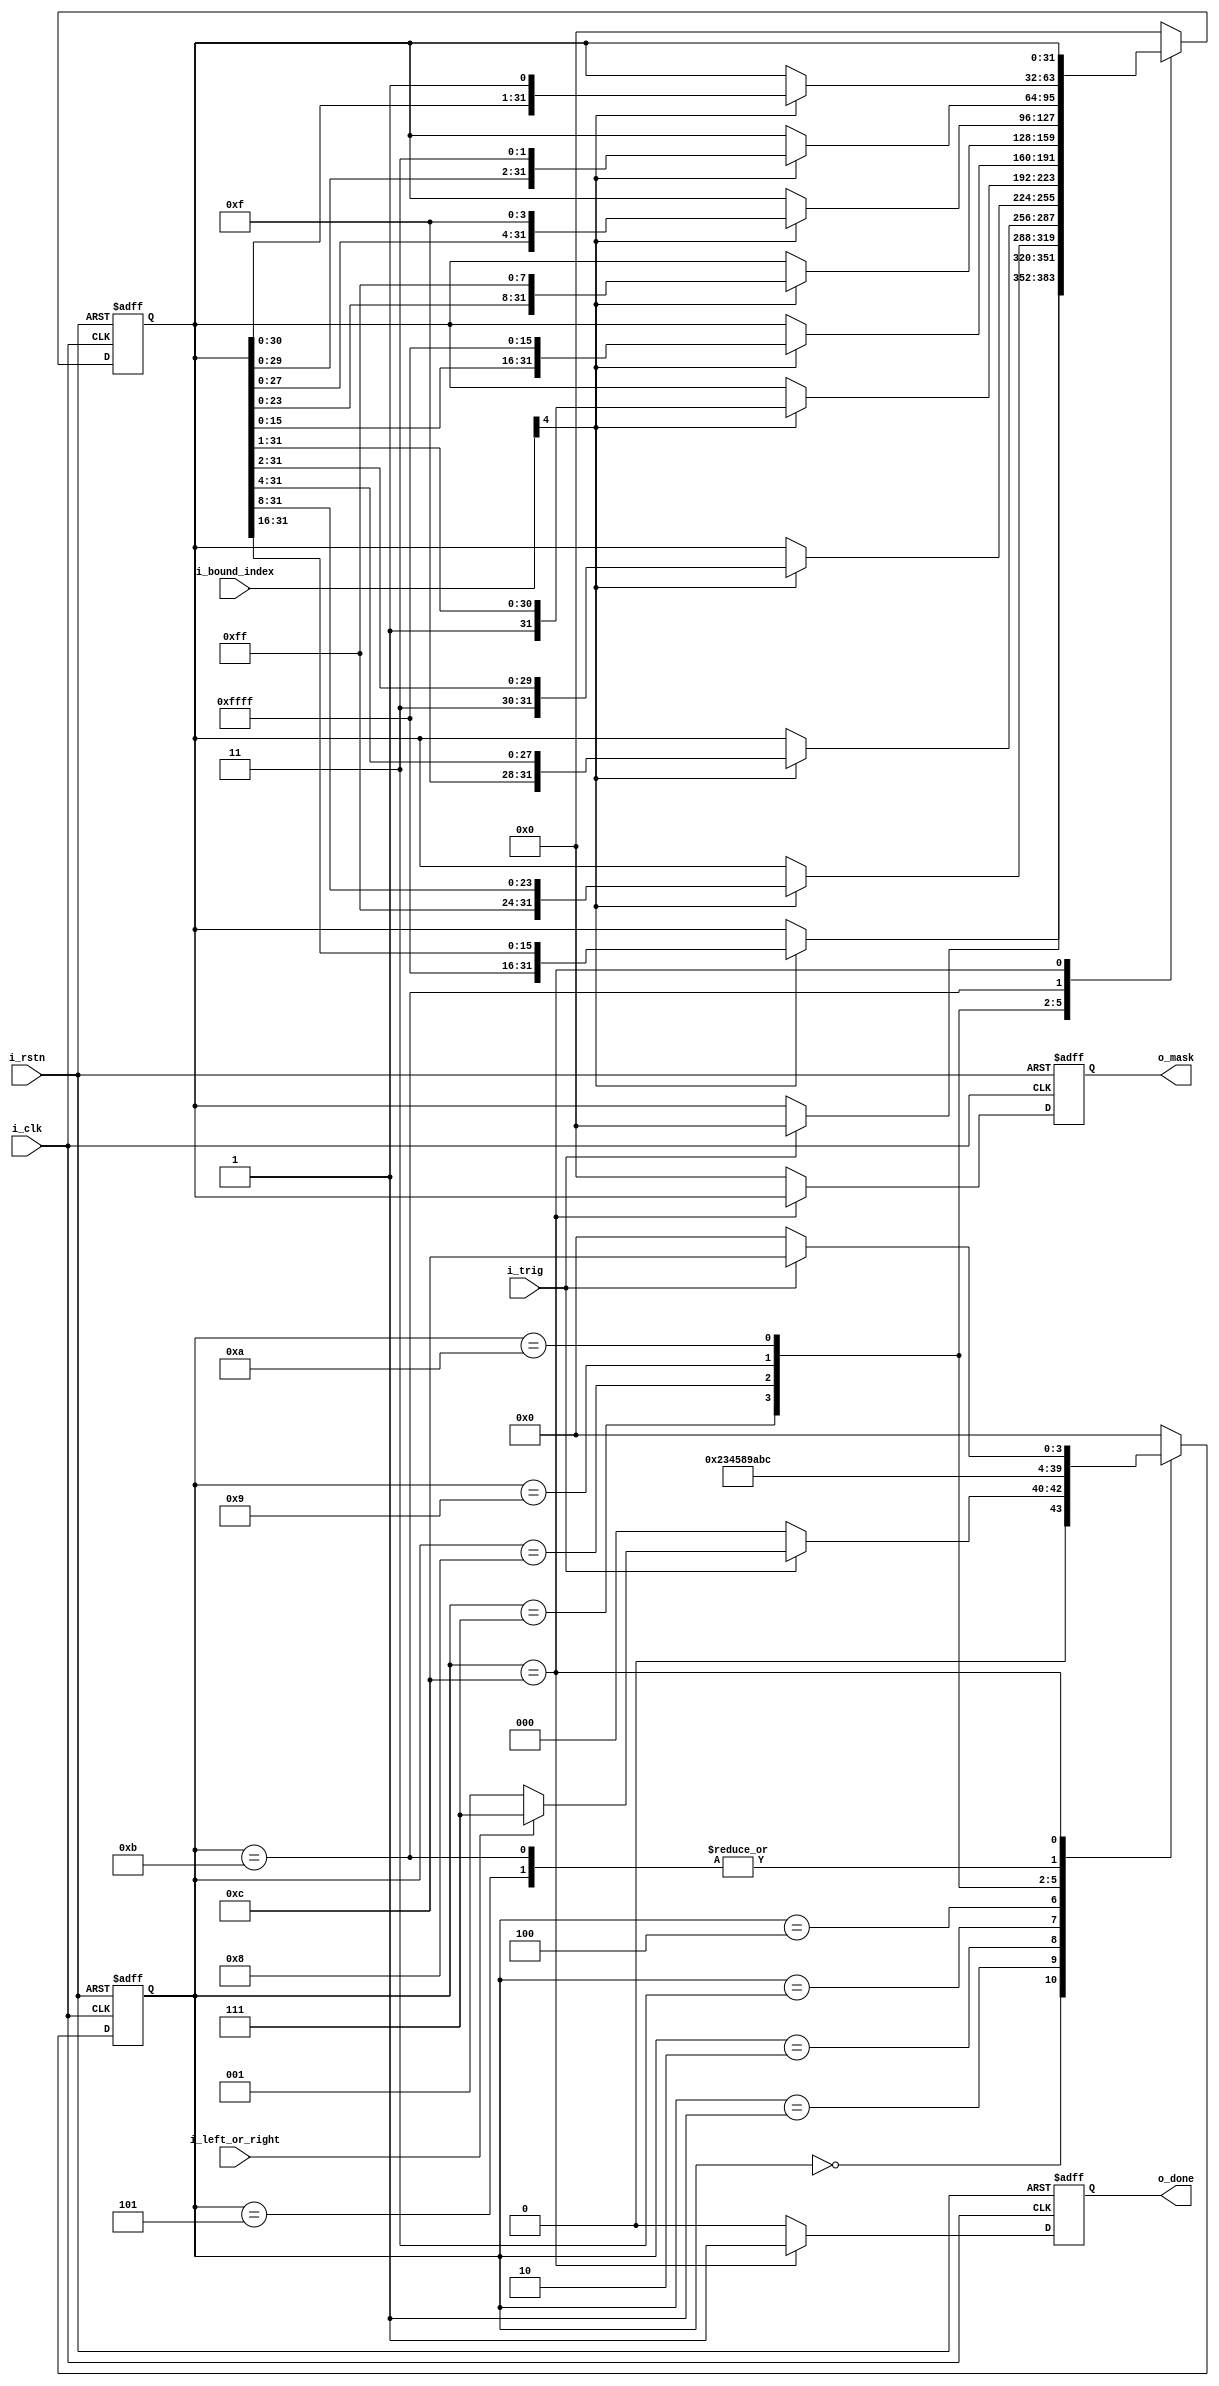
module mask_gen_32bit (
	i_clk,
	i_rstn,
	i_trig,
	i_left_or_right,
	i_bound_index,
	o_done,
	o_mask

);

	input i_clk;
	input i_rstn;
	input i_trig;
	input i_left_or_right; // 0=left, 1=right
	input [4:0] i_bound_index;
	output reg o_done;
	output reg [31:0] o_mask;
	

	reg [4:0] i_bound_index_latch;
	reg [31:0] o_mask_pre;
	
	// State machine definition
	reg [3:0] sm_state;
	localparam	IDLE=0,
				LEFT1=1,
				LEFT2=2,
				LEFT3=3,
				LEFT4=4,
				LEFT5=5,
				RIGHT1=7,
				RIGHT2=8,
				RIGHT3=9,
                RIGHT4=10,
                RIGHT5=11,
				DONE=12;
				
	// State machine transition
	always@(posedge i_clk or negedge i_rstn) begin
		if (i_rstn == 1'b0)
			sm_state <= IDLE;
		else
			begin
				case (sm_state)
					IDLE:
						begin
							if (i_trig == 1'b1)
								sm_state <= (i_left_or_right == 1'b0)? LEFT1 : RIGHT1;
							else
								sm_state <= IDLE;
						end
					LEFT1:
						sm_state <= LEFT2;
					LEFT2:
						sm_state <= LEFT3;
					LEFT3:
						sm_state <= LEFT4;
					LEFT4:
						sm_state <= LEFT5;
					LEFT5:
						sm_state <= DONE;
					RIGHT1:
						sm_state <= RIGHT2;
					RIGHT2:
						sm_state <= RIGHT3;
					RIGHT3:
						sm_state <= RIGHT4;
					RIGHT4:
						sm_state <= RIGHT5;
					RIGHT5:
						sm_state <= DONE;
					DONE:
						begin
							sm_state <= (i_trig == 1'b0)? IDLE : DONE;
						end
					default:
						sm_state <= IDLE;
				endcase
			end
	end
	
	// State machine output

	
	always@(posedge i_clk or negedge i_rstn) begin
		if(i_rstn == 1'b0)
			o_mask <= 32'h0;
		else
			if (sm_state == DONE)
				o_mask <= o_mask_pre;
			else
				o_mask <= 32'h0;
	end
	
	always@(posedge i_clk or negedge i_rstn) begin
		if(i_rstn == 1'b0)
			o_done <= 1'b0;
		else
			o_done <= (sm_state == DONE)? 1'b1 : 1'b0;
	end
	
	always@(posedge i_clk or negedge i_rstn) begin
		if(i_rstn == 1'b0)
			begin
				o_mask_pre <= 32'h0;
				i_bound_index_latch <= 5'h0;
			end
		else	
			begin
				case (sm_state)
					IDLE:
						if (i_trig == 1'b1) begin
							i_bound_index_latch <= i_bound_index;
							o_mask_pre <= 32'h0;
						end
					LEFT1:
						begin
							i_bound_index_latch <= i_bound_index_latch << 1;
							if (i_bound_index[4]==1'b1)
								o_mask_pre <= {{16{1'b1}},o_mask_pre[31:16]};
						end
					LEFT2:
						begin
							i_bound_index_latch <= i_bound_index_latch << 1;
							if (i_bound_index[4]==1'b1)
								o_mask_pre <= {{8{1'b1}},o_mask_pre[31:8]};
						end
					LEFT3:
						begin
							i_bound_index_latch <= i_bound_index_latch << 1;
							if (i_bound_index[4]==1'b1)
								o_mask_pre <= {{4{1'b1}},o_mask_pre[31:4]};
						end
					LEFT4:
						begin
							i_bound_index_latch <= i_bound_index_latch << 1;
							if (i_bound_index[4]==1'b1)
								o_mask_pre <= {{2{1'b1}},o_mask_pre[31:2]};
						end
					LEFT5:
						begin
							//i_bound_index_latch <= i_bound_index_latch << 1;
							if (i_bound_index[4]==1'b1)
								o_mask_pre <= {1'b1,o_mask_pre[31:1]};
						end
					RIGHT1:
						begin
							i_bound_index_latch <= i_bound_index_latch << 1;
							if (i_bound_index[4]==1'b1)
								o_mask_pre <= {o_mask_pre[15:0],{16{1'b1}}};
						end
					RIGHT2:
						begin
							i_bound_index_latch <= i_bound_index_latch << 1;
							if (i_bound_index[4]==1'b1)
								o_mask_pre <= {o_mask_pre[23:0],{8{1'b1}}};
						end
					RIGHT3:
						begin
							i_bound_index_latch <= i_bound_index_latch << 1;
							if (i_bound_index[4]==1'b1)
								o_mask_pre <= {o_mask_pre[27:0],{4{1'b1}}};
						end
					RIGHT4:
						begin
							i_bound_index_latch <= i_bound_index_latch << 1;
							if (i_bound_index[4]==1'b1)
								o_mask_pre <= {o_mask_pre[29:0],{2{1'b1}}};
						end
					RIGHT5:
						begin
							//i_bound_index_latch <= i_bound_index_latch << 1;
							if (i_bound_index[4]==1'b1)
								o_mask_pre <= {o_mask_pre[30:0],1'b1};
						end	
					DONE:  // DONE included
						begin
							o_mask_pre <= o_mask_pre;
							i_bound_index_latch <= i_bound_index_latch;
						end
					default:
						begin
							o_mask_pre <= 32'h0;
							i_bound_index_latch <= 5'h0;
						end
				endcase
			end
		
	end
	
	
endmodule